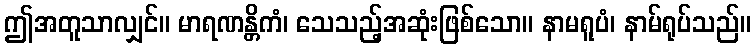
ဤအတူသာလျှင်။ မာရဏန္တိကံ၊ သေသည့်အဆုံးဖြစ်သော။ နာမရူပံ၊ နာမ်ရုပ်သည်။